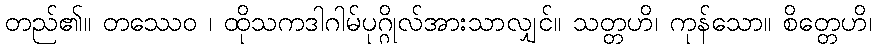
တည်၏။ တဿေဝ ၊ ထိုသကဒါဂါမ်ပုဂ္ဂိုလ်အားသာလျှင်။ သတ္တဟိ၊ ကုန်သော။ စိတ္တေဟိ၊